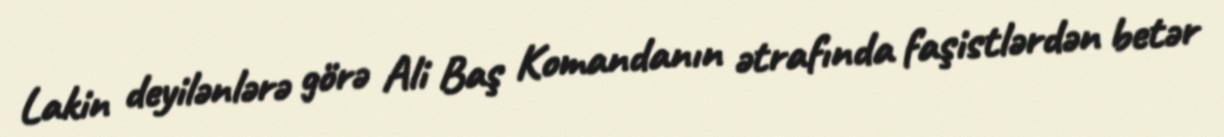
Lakin deyilənlərə görə Ali Baş Komandanın ətrafında faşistlərdən betər